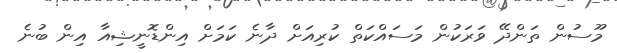
މޫސުން ތަންދޭ ވަރަކުން މަސައްކަތް ކުރިއަށް ދާނެ ކަމަށް އިންޑޮނީޝިއާ އިން ބުނެ